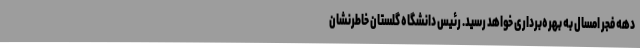
دهه فجر امسال به بهره‌برداری خواهد رسید. رئیس دانشگاه گلستان خاطرنشان